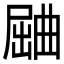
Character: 𱚾